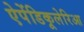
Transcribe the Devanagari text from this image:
ऐपेंडिकूलेरिआ